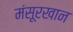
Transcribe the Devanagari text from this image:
मंसूरखान